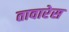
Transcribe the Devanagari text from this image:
तावारेस